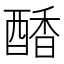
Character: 𮠷